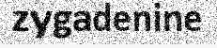
zygadenine